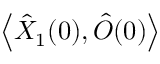
\left\langle \hat { X } _ { 1 } ( 0 ) , \hat { O } ( 0 ) \right\rangle